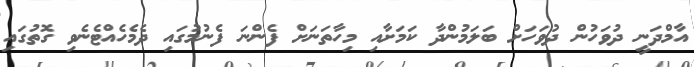
އާމްދަނީ ދުވަހުން ދުވަހަށް ބަލަމުންދާ ކަމަށާއި މިހާތަނަށް ފެންނަ ފެނުމުގައި ދެމެހެއްޓެނެވި ގޮތުގައި